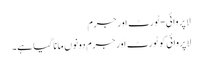
لاپروائی-ٹورٹ اَور جرم
لاپروائی کو ٹورٹ اَور جرم دونوں مانا گیا ہے۔